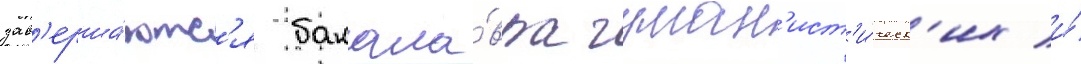
зав'ерша́ютс'я бакала́вра гуман'ист'и́ческ'их и́